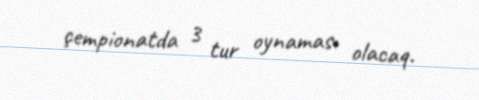
çempionatda 3 tur oynaması olacaq.